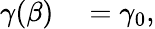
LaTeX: \begin{array}{rl}{\gamma(\beta)}&{{}=\gamma_{0},}\end{array}